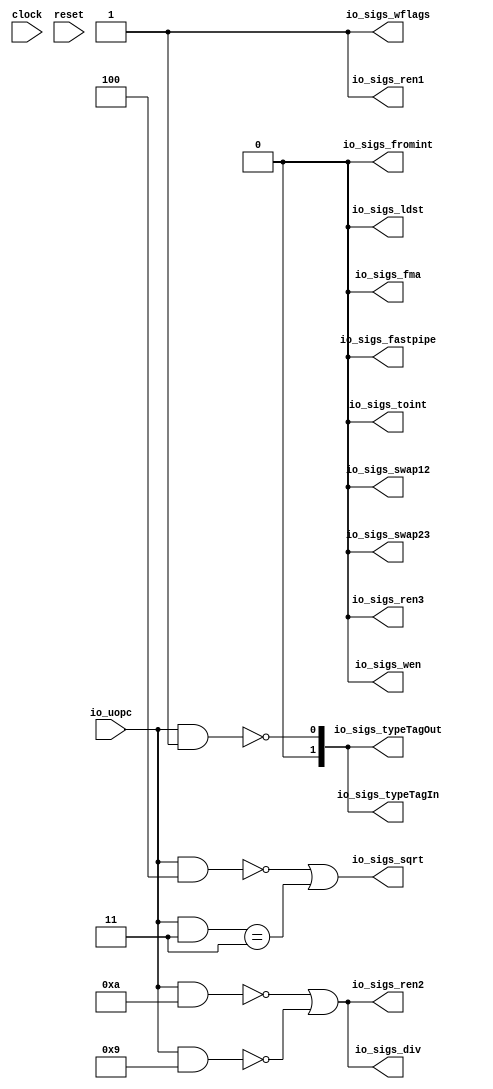
module UOPCodeFDivDecoder(
  input        clock,
  input        reset,
  input  [6:0] io_uopc,
  output       io_sigs_ldst,
  output       io_sigs_wen,
  output       io_sigs_ren1,
  output       io_sigs_ren2,
  output       io_sigs_ren3,
  output       io_sigs_swap12,
  output       io_sigs_swap23,
  output [1:0] io_sigs_typeTagIn,
  output [1:0] io_sigs_typeTagOut,
  output       io_sigs_fromint,
  output       io_sigs_toint,
  output       io_sigs_fastpipe,
  output       io_sigs_fma,
  output       io_sigs_div,
  output       io_sigs_sqrt,
  output       io_sigs_wflags
);
  wire [6:0] _T_2 = io_uopc & 7'ha; // @[Decode.scala 14:65]
  wire  _T_3 = _T_2 == 7'h0; // @[Decode.scala 14:121]
  wire [6:0] _T_4 = io_uopc & 7'h9; // @[Decode.scala 14:65]
  wire  _T_5 = _T_4 == 7'h0; // @[Decode.scala 14:121]
  wire [6:0] _T_7 = io_uopc & 7'h1; // @[Decode.scala 14:65]
  wire  decoder_7 = _T_7 == 7'h0; // @[Decode.scala 14:121]
  wire [6:0] _T_10 = io_uopc & 7'h4; // @[Decode.scala 14:65]
  wire  _T_11 = _T_10 == 7'h0; // @[Decode.scala 14:121]
  wire [6:0] _T_12 = io_uopc & 7'h3; // @[Decode.scala 14:65]
  wire  _T_13 = _T_12 == 7'h3; // @[Decode.scala 14:121]
  assign io_sigs_ldst = 1'h0; // @[fdiv.scala 63:40]
  assign io_sigs_wen = 1'h0; // @[fdiv.scala 63:40]
  assign io_sigs_ren1 = 1'h1; // @[Decode.scala 15:30]
  assign io_sigs_ren2 = _T_3 | _T_5; // @[Decode.scala 15:30]
  assign io_sigs_ren3 = 1'h0; // @[fdiv.scala 63:40]
  assign io_sigs_swap12 = 1'h0; // @[fdiv.scala 63:40]
  assign io_sigs_swap23 = 1'h0; // @[fdiv.scala 63:40]
  assign io_sigs_typeTagIn = {{1'd0}, decoder_7}; // @[Decode.scala 14:121]
  assign io_sigs_typeTagOut = {{1'd0}, decoder_7}; // @[Decode.scala 14:121]
  assign io_sigs_fromint = 1'h0; // @[fdiv.scala 63:40]
  assign io_sigs_toint = 1'h0; // @[fdiv.scala 63:40]
  assign io_sigs_fastpipe = 1'h0; // @[fdiv.scala 63:40]
  assign io_sigs_fma = 1'h0; // @[fdiv.scala 63:40]
  assign io_sigs_div = _T_3 | _T_5; // @[Decode.scala 15:30]
  assign io_sigs_sqrt = _T_11 | _T_13; // @[Decode.scala 15:30]
  assign io_sigs_wflags = 1'h1; // @[Decode.scala 15:30]
endmodule